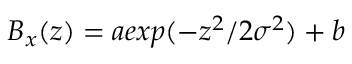
B _ { x } ( z ) = a e x p ( - z ^ { 2 } / 2 \sigma ^ { 2 } ) + b